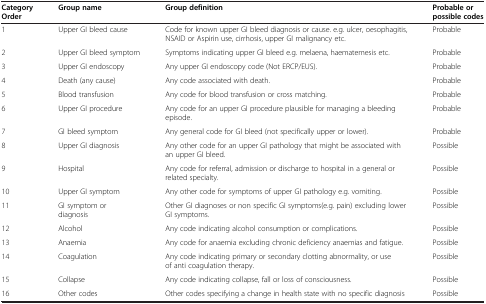
<table><thead><tr><td><b>Category Order</b></td><td><b>Group name</b></td><td><b>Group definition</b></td><td><b>Probable or possible codes</b></td></tr></thead><tbody><tr><td>1</td><td>Upper GI bleed cause</td><td>Code for known upper GI bleed diagnosis or cause. e.g. ulcer, oesophagitis, NSAID or Aspirin use, cirrhosis, upper GI malignancy etc.</td><td>Probable</td></tr><tr><td>2</td><td>Upper GI bleed symptom</td><td>Symptoms indicating upper GI bleed e.g. melaena, haematemesis etc.</td><td>Probable</td></tr><tr><td>3</td><td>Upper GI endoscopy</td><td>Any upper GI endoscopy code (Not ERCP/EUS).</td><td>Probable</td></tr><tr><td>4</td><td>Death (any cause)</td><td>Any code associated with death.</td><td>Probable</td></tr><tr><td>5</td><td>Blood transfusion</td><td>Any code for blood transfusion or cross matching.</td><td>Probable</td></tr><tr><td>6</td><td>Upper GI procedure</td><td>Any code for an upper GI procedure plausible for managing a bleeding episode.</td><td>Probable</td></tr><tr><td>7</td><td>GI bleed symptom</td><td>Any general code for GI bleed (not specifically upper or lower).</td><td>Probable</td></tr><tr><td>8</td><td>Upper GI diagnosis</td><td>Any other code for an upper GI pathology that might be associated with an upper GI bleed.</td><td>Possible</td></tr><tr><td>9</td><td>Hospital</td><td>Any code for referral, admission or discharge to hospital in a general or related specialty.</td><td>Possible</td></tr><tr><td>10</td><td>Upper GI symptom</td><td>Any other code for symptoms of upper GI pathology e.g. vomiting.</td><td>Possible</td></tr><tr><td>11</td><td>GI symptom or diagnosis</td><td>Other GI diagnoses or non specific GI symptoms(e.g. pain) excluding lower GI symptoms.</td><td>Possible</td></tr><tr><td>12</td><td>Alcohol</td><td>Any code indicating alcohol consumption or complications.</td><td>Possible</td></tr><tr><td>13</td><td>Anaemia</td><td>Any code for anaemia excluding chronic deficiency anaemias and fatigue.</td><td>Possible</td></tr><tr><td>14</td><td>Coagulation</td><td>Any code indicating primary or secondary clotting abnormality, or use of anti coagulation therapy.</td><td>Possible</td></tr><tr><td>15</td><td>Collapse</td><td>Any code indicating collapse, fall or loss of consciousness.</td><td>Possible</td></tr><tr><td>16</td><td>Other codes</td><td>Other codes specifying a change in health state with no specific diagnosis</td><td>Possible</td></tr></tbody></table>